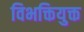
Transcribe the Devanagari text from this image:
विभक्तियुक्त